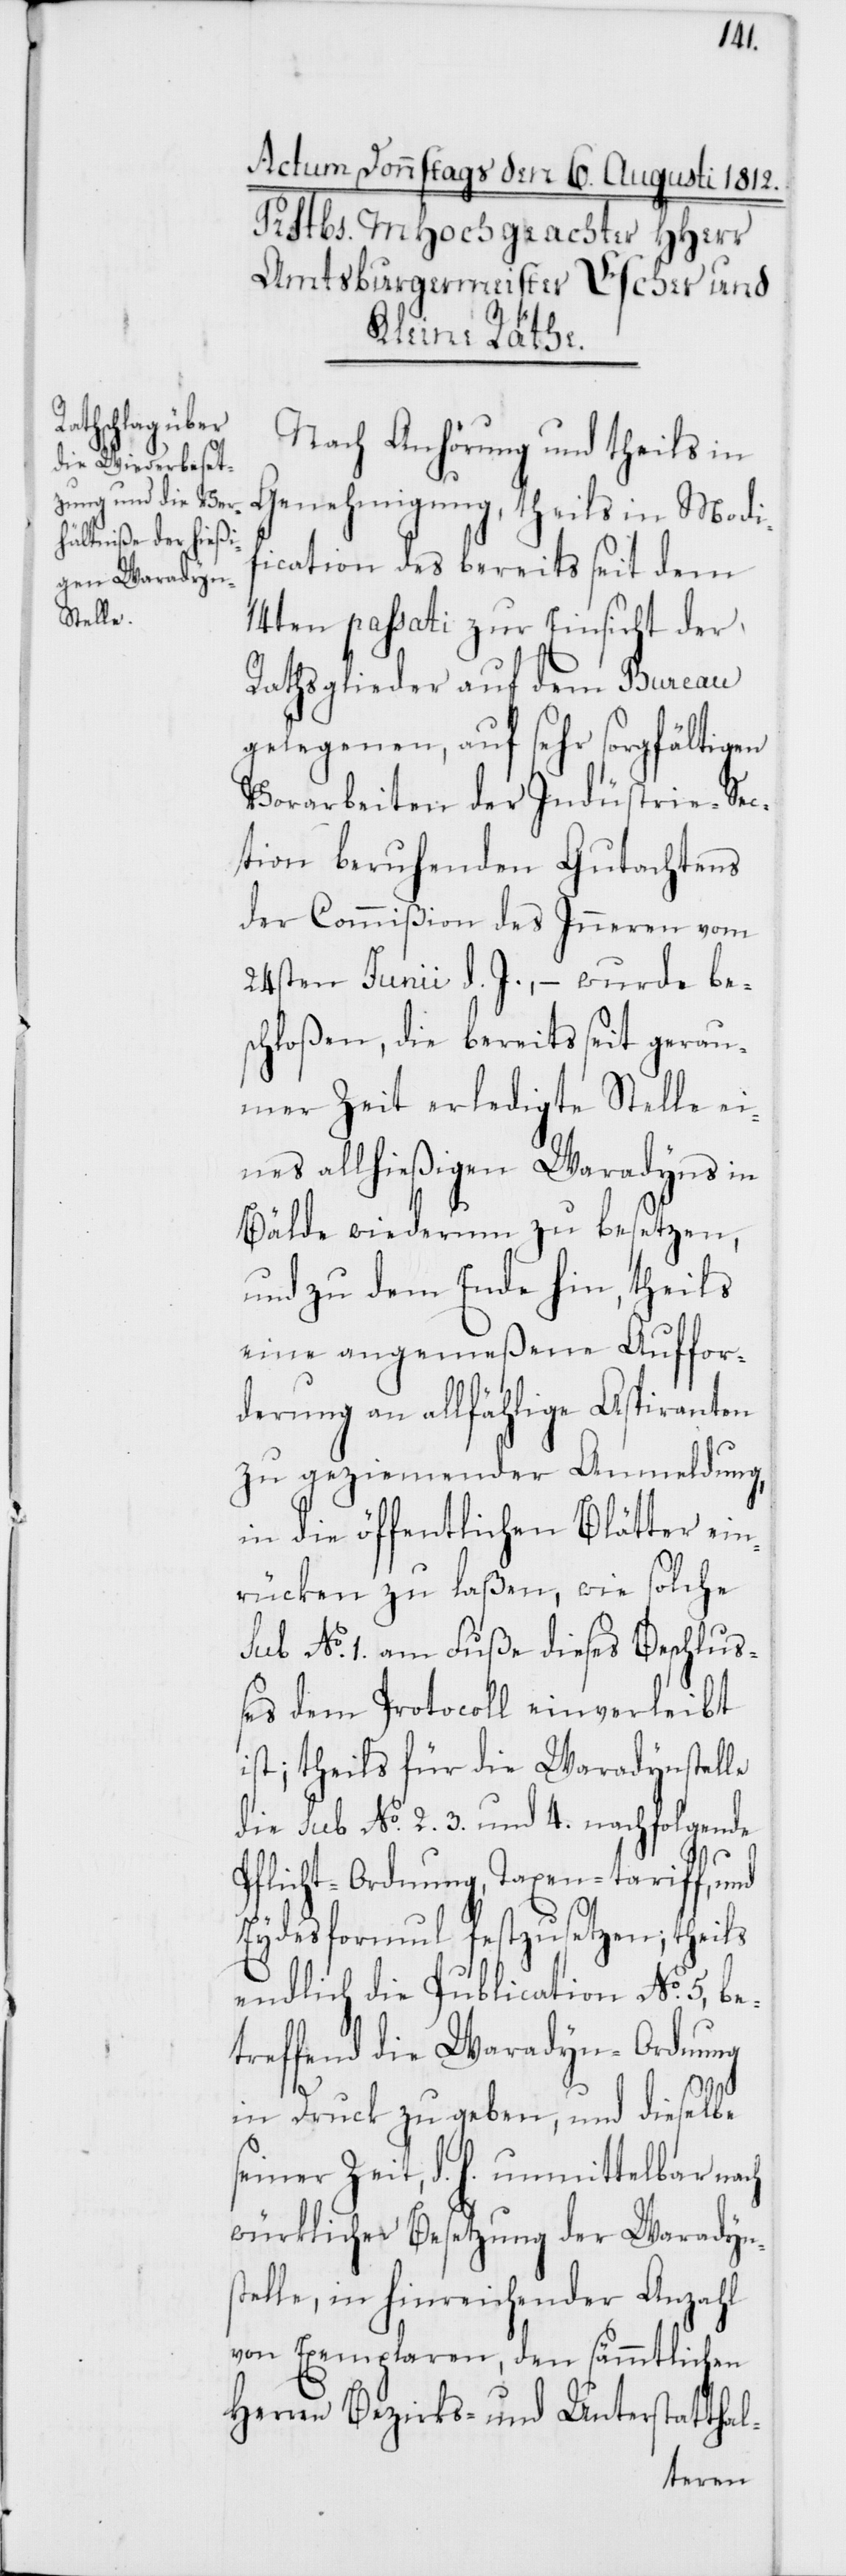
Nach Anhörung und theils in
Genehmigung, theils in Modi¬
fication des bereits seit dem
14ten passati zur Einsicht der
Rathsglieder auf dem Bureau
gelegenen, auf sehr sorgfältigen
Vorarbeiten der Industrie-Sec¬
tion beruhenden Gutachtens
der Commißion des Inneren vom
24sten Junii d. J., – wurde be¬
schloßen, die bereits seit gerau¬
mer Zeit erledigte Stelle ei¬
nes allhießigen Waradyns in
Bälde wiederum zu besetzen,
und zu dem Ende hin, theils
eine angemeßene Auffor¬
derung an allfählige Aspiranten
zu geziemender Anmeldung,
in die öffentlichen Blätter ein¬
rücken zu laßen, wie solche
sub No 1. am Fuße dieses Beschluß¬
es dem Protocoll einverleibt
ist; theils für die Waradynstelle
die sub No 2. 3. und 4. nachfolgende
Pflicht-Ordnung, Taxen-Tariff und
Eydesformul festzusetzen; theils
endlich die Publication No 5, be¬
treffend die Waradyn-Ordnung
in Druck zu geben, und dieselbe
seiner Zeit, d. h. unmittelbar nach
würklicher Besetzung der Waradyns¬
telle, in hinreichender Anzahl
von Exemplaren, den sämmtlichen
Herren Bezirks- und Unterstatthal-